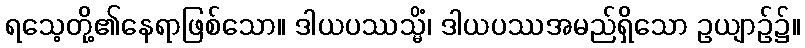
ရသေ့တို့၏နေရာဖြစ်သော။ ဒါယပဿသ္မိံ၊ ဒါယပဿအမည်ရှိသော ဥယျာဉ်၌။